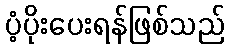
ပံ့ပိုးပေးရန်ဖြစ်သည်